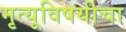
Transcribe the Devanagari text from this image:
मृत्यूविषयीचा